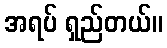
အရပ် ရှည်တယ်။